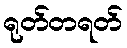
ရုတ်တရတ်